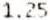
1.25